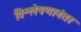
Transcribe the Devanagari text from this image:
विश्लेषणानंतर